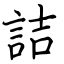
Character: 詰